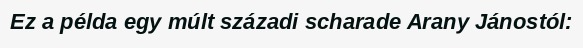
Ez a példa egy múlt századi scharade Arany Jánostól: